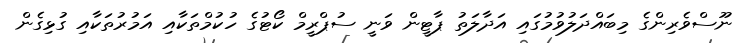
ނޫސްވެރިންގެ މިބައްދަލުވުމުގައި އަދާލަތު ޕާޓީން ވަނީ ސުޕްރީމް ކޯޓުގެ ހުކުމްތަކާއި އަމުރުތަކާއި ގުޅިގެން